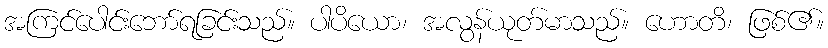
အကြင်ပေါင်းဘော်ရခြင်းသည်။ ပါပိယော၊ အလွန်ယုတ်မာသည်။ ဟောတိ၊ ဖြစ်၏။